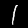
Digit: 1